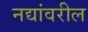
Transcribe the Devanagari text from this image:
नद्यांवरील